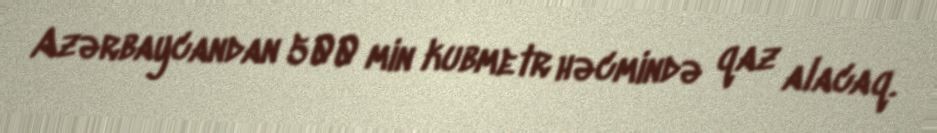
Azərbaycandan 500 min kubmetr həcmində qaz alacaq.